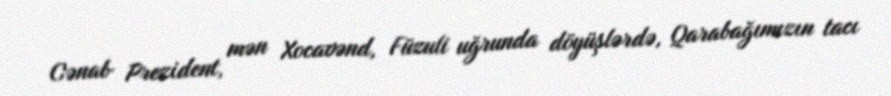
Cənab Prezident, mən Xocavənd, Füzuli uğrunda döyüşlərdə, Qarabağımızın tacı